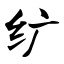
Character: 纩